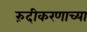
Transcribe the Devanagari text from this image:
रुंदीकरणाच्या